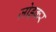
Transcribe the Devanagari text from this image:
ज़ोड़कर